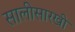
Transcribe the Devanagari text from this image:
सालीसारखी